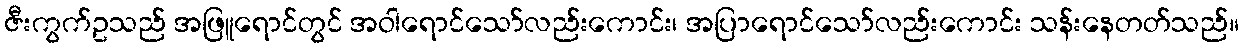
ဇီးကွက်ဥသည် အဖြူရောင်တွင် အဝါရောင်သော်လည်းကောင်း၊ အပြာရောင်သော်လည်းကောင်း သန်းနေတတ်သည်။